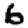
Digit: 6